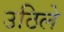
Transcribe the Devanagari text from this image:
उठिले